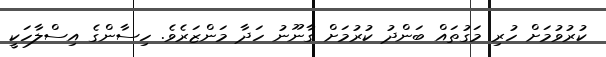
ކުރުވުމަށް ހުރި މަގުތައް ބަންދު ކުރުމަށް ގާނޫނު ހަދާ މަންޒަރެވެ. ހިސާންގެ އިސްލާހަކީ